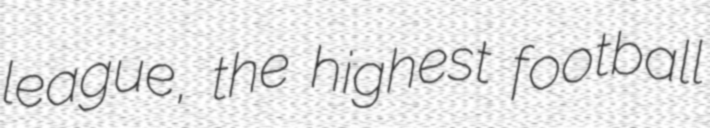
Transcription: league, the highest football